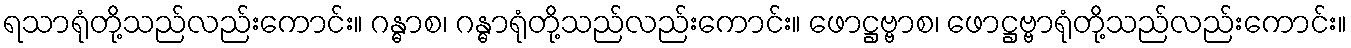
ရသာရုံတို့သည်လည်းကောင်း။ ဂန္ဓာစ၊ ဂန္ဓာရုံတို့သည်လည်းကောင်း။ ဖောဋ္ဌဗ္ဗာစ၊ ဖောဋ္ဌဗ္ဗာရုံတို့သည်လည်းကောင်း။